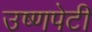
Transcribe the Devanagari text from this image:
उष्णपेटी